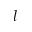
l